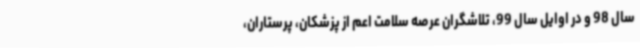
سال 98 و در اوایل سال 99، تلاشگران عرصه سلامت اعم از پزشکان، پرستاران،